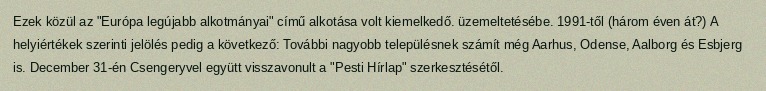
Ezek közül az "Európa legújabb alkotmányai" című alkotása volt kiemelkedő. üzemeltetésébe. 1991-től (három éven át?) A helyiértékek szerinti jelölés pedig a következő: További nagyobb településnek számít még Aarhus, Odense, Aalborg és Esbjerg is. December 31-én Csengeryvel együtt visszavonult a "Pesti Hírlap" szerkesztésétől.